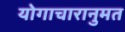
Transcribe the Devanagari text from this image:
योगाचारानुमत